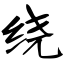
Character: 绕